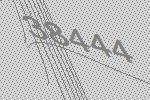
38444